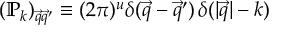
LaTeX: ( \mathbb { P } _ { k } ) _ { { \vec { q } } { \vec { q } } ^ { \prime } } \equiv ( 2 \pi ) ^ { u } \delta ( { \vec { q } } - { \vec { q } } ^ { \prime } ) \, \delta ( | { \vec { q } } | - k )